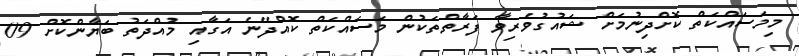
މިމަސައްކަތް ކޮށްދިނުމަށް ޝައުގުވެރިވާ ފަރާތްތަކުން މަސައްކަތް ކޮއްދޭނެ އަގާއި މުއްދަތު ބަޔާންކޮށް 09